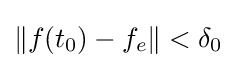
\|f(t_{0})-f_{e}\|<\delta _{0}